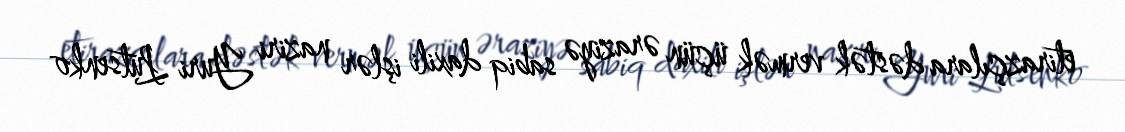
etirazçılara dəstək vermək üçün əraziyə sabiq daxili işlər naziri Yuri Lutsenko